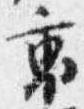
裏